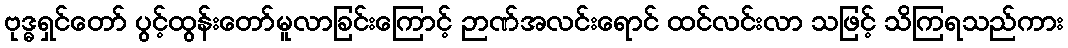
ဗုဒ္ဓရှင်တော် ပွင့်ထွန်းတော်မူလာခြင်းကြောင့် ဉာဏ်အလင်းရောင် ထင်လင်းလာ သဖြင့် သိကြရသည်ကား